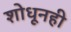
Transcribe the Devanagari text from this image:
शोधूनही